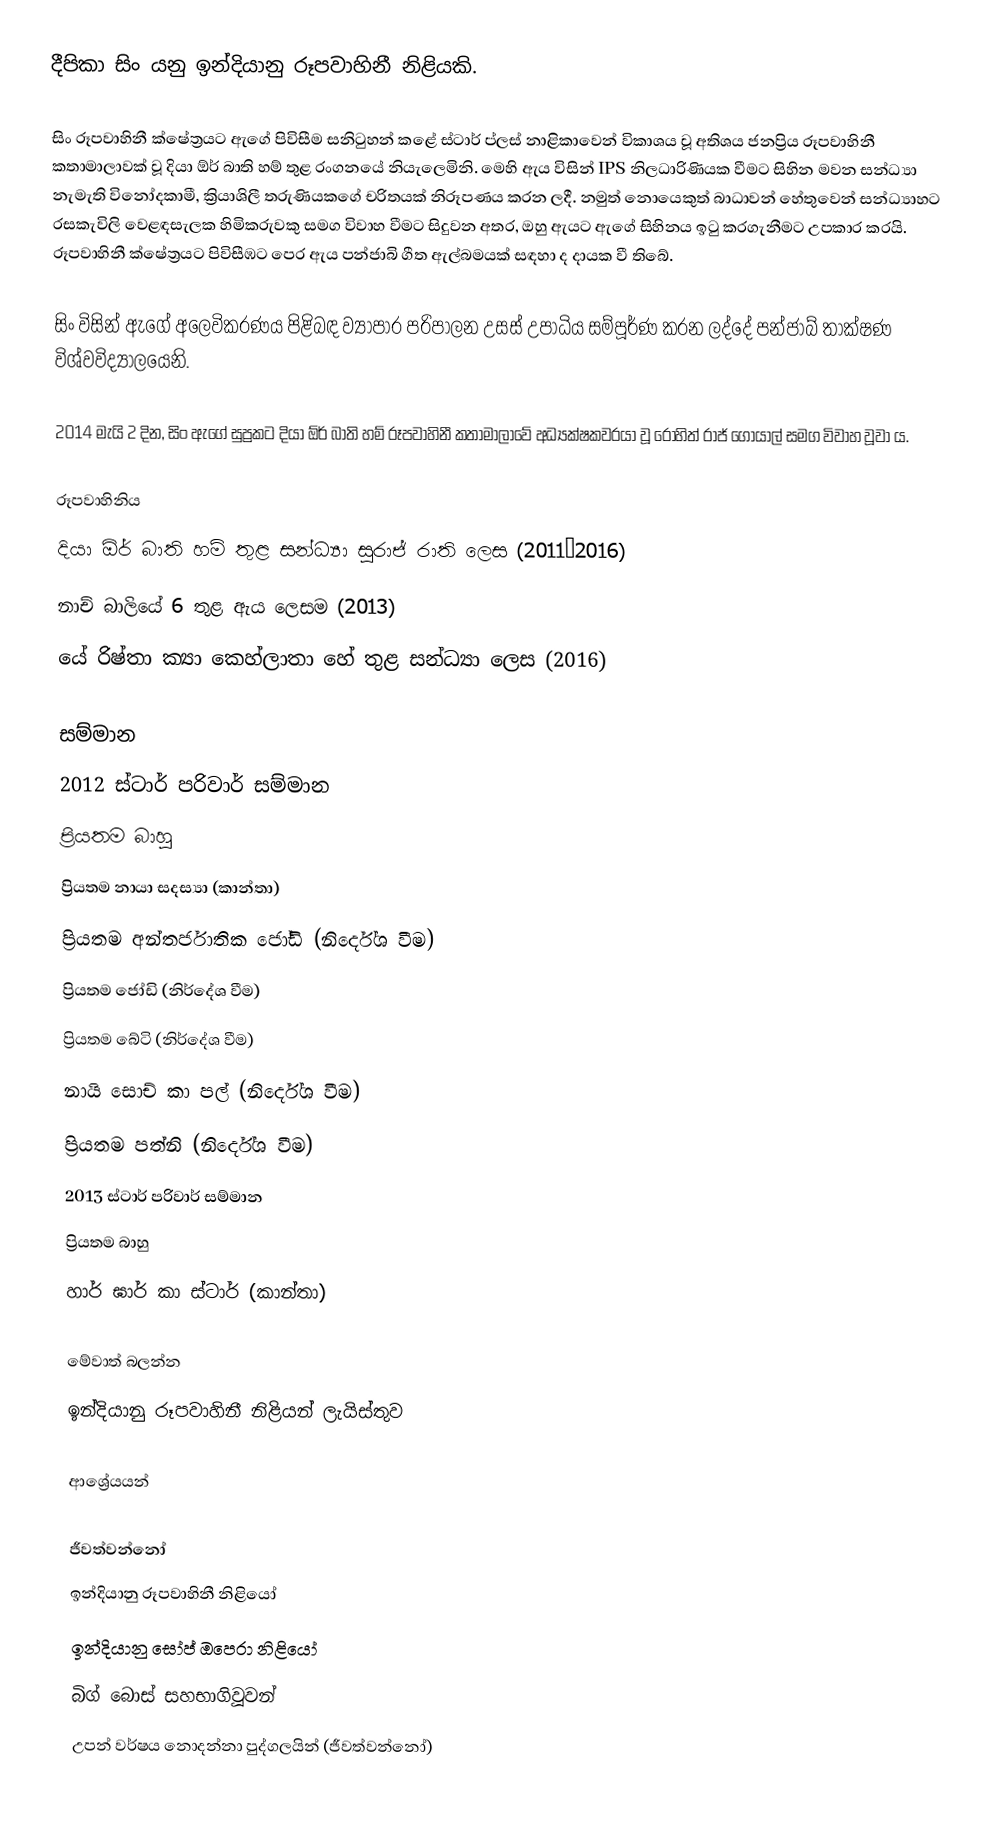
දීපිකා සිං යනු ඉන්දියානු රූපවාහිනී නිළියකි.

සිං රූපවාහිනී ක්ෂේත්‍රයට ඇගේ පිවිසීම සනිටුහන් කළේ ස්ටාර් ප්ලස් නාළිකාවෙන් විකාශය වූ අතිශය ජනප්‍රිය රූපවාහිනී කතාමාලාවක් වූ දියා ඕර් බාති හම් තුළ රංගනයේ නියැලෙමිනි. මෙහි ඇය විසින් IPS නිලධාරිණියක වීමට සිහින මවන සන්ධ්‍යා නැමැති විනෝදකාමී, ක්‍රියාශිලී තරුණියකගේ චරිතයක් නිරූපණය කරන ලදී. නමුත් නොයෙකුත් බාධාවන් හේතුවෙන් සන්ධ්‍යාහට රසකැවිලි වෙළඳසැලක හිමිකරුවකු සමග විවාහ වීමට සිදුවන අතර, ඔහු ඇයට ඇගේ සිහිනය ඉටු කරගැනීමට උපකාර කරයි. රූපවාහිනී ක්ෂේත්‍රයට පිවිසීඹට පෙර ඇය පන්ජාබි ගීත ඇල්බමයක් සඳහා ද දායක වී තිබේ.

සිං විසින් ඇගේ අලෙවිකරණය පිළිබඳ ව්‍යාපාර පරිපාලන උසස් උපාධිය සම්පූර්ණ කරන ලද්දේ පන්ජාබ් තාක්ෂණ විශ්වවිද්‍යාලයෙනි.

2014 මැයි 2 දින, සිං ඇගේ සුප්‍රකට දියා ඕර් බාති හම් රූපවාහිනී කතාමාලාවේ අධ්‍යක්ෂකවරයා වූ රෝහිත් රාජ් ගෝයාල් සමග විවාහ වූවා ය.

රූපවාහිනිය
දියා ඕර් බාති හම් තුළ සන්ධ්‍යා සුරාජ් රාති ලෙස (2011–2016)
නාච් බාලියේ 6 තුළ ඇය ලෙසම (2013)
යේ රිෂ්තා ක්‍යා කෙහ්ලාතා හේ තුළ සන්ධ්‍යා ලෙස (2016)

සම්මාන
 2012 ස්ටාර් පරිවාර් සම්මාන
 ප්‍රියතම බාහු
 ප්‍රියතම නායා සදස්‍යා (කාන්තා)
 ප්‍රියතම අන්තර්ජාතික ජෝඩි (නිර්දේශ වීම)
 ප්‍රියතම ‍ජෝඩි (නිර්දේශ වීම)
 ප්‍රියතම බේටි (නිර්දේශ වීම)
 නායි සොච් කා පල් (නිර්දේශ වීම)
 ප්‍රියතම පත්නි (නිර්දේශ වීම)
2013  ස්ටාර් පරිවාර් සම්මාන
 ප්‍රියතම බාහු
 හාර් ඝාර් කා ස්ටාර් (කාන්තා)

මේවාත් බලන්න
 ඉන්දියානු රූපවාහිනී නිළියන් ලැයිස්තුව

ආශ්‍රේයයන්

ජීවත්වන්නෝ
ඉන්දියානු රූපවාහිනී නිළියෝ
ඉන්දියානු සෝප් ඔපෙරා නිළියෝ
බිග් බොස් සහභාගිවූවන්
උපන් වර්ෂය නොදන්නා පුද්ගලයින් (ජීවත්වන්නෝ)